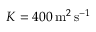
K = 4 0 0 \, \mathrm { m } ^ { 2 } \, \mathrm { s } ^ { - 1 }